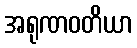
အရုဏဝတိယာ